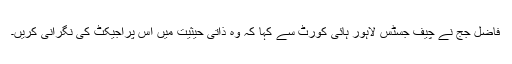
فاضل جج نے چیف جسٹس لاہور ہائی کورٹ سے کہا کہ وہ ذاتی حیثیت میں اس پراجیکٹ کی نگرانی کریں۔